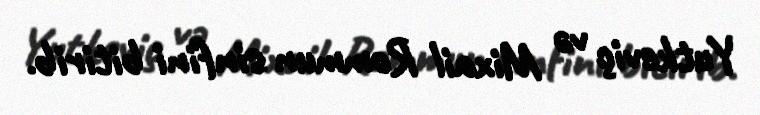
Yutkeviç və Mixail Rommun sinfini bitirib.